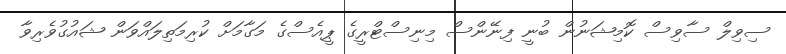
ސިވިލް ސާވިސް ކޮމިޝަނުން ބުނީ ފިނޭންސް މިނިސްޓްރީގެ ޕީއެސްގެ މަގާމަށް ކުރިމަތިލައްވަން ޝައުގުވެރިވާ